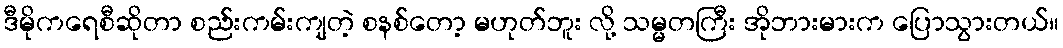
ဒီမိုကရေစီဆိုတာ စည်းကမ်းကျတဲ့ စနစ်တော့ မဟုတ်ဘူး လို့ သမ္မတကြီး အိုဘားမားက ပြောသွားတယ်။